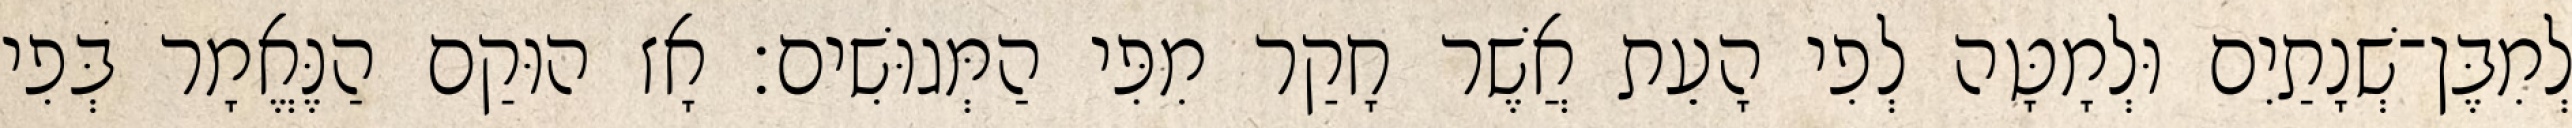
לְמִבֶּן־שְׁנָתַיִם וּלְמָטָּה לְפִי הָעֵת אֲשֶׁר חָקַר מִפִּי הַמְּגוּשִׁים׃ אָז הוּקַם הַנֶּאֱמָר בְּפִי